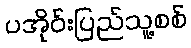
ပအိုဝ်းပြည်သူ့စစ်